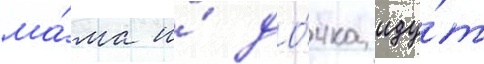
ма́ма и́ до́чка иду́т